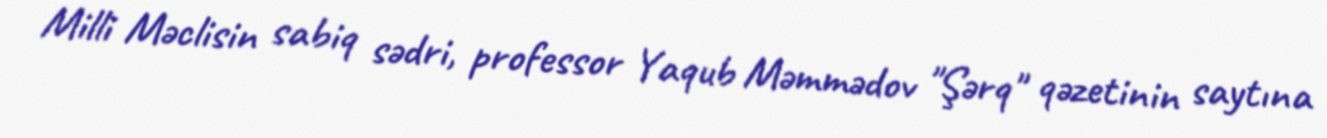
Milli Məclisin sabiq sədri, professor Yaqub Məmmədov "Şərq" qəzetinin saytına